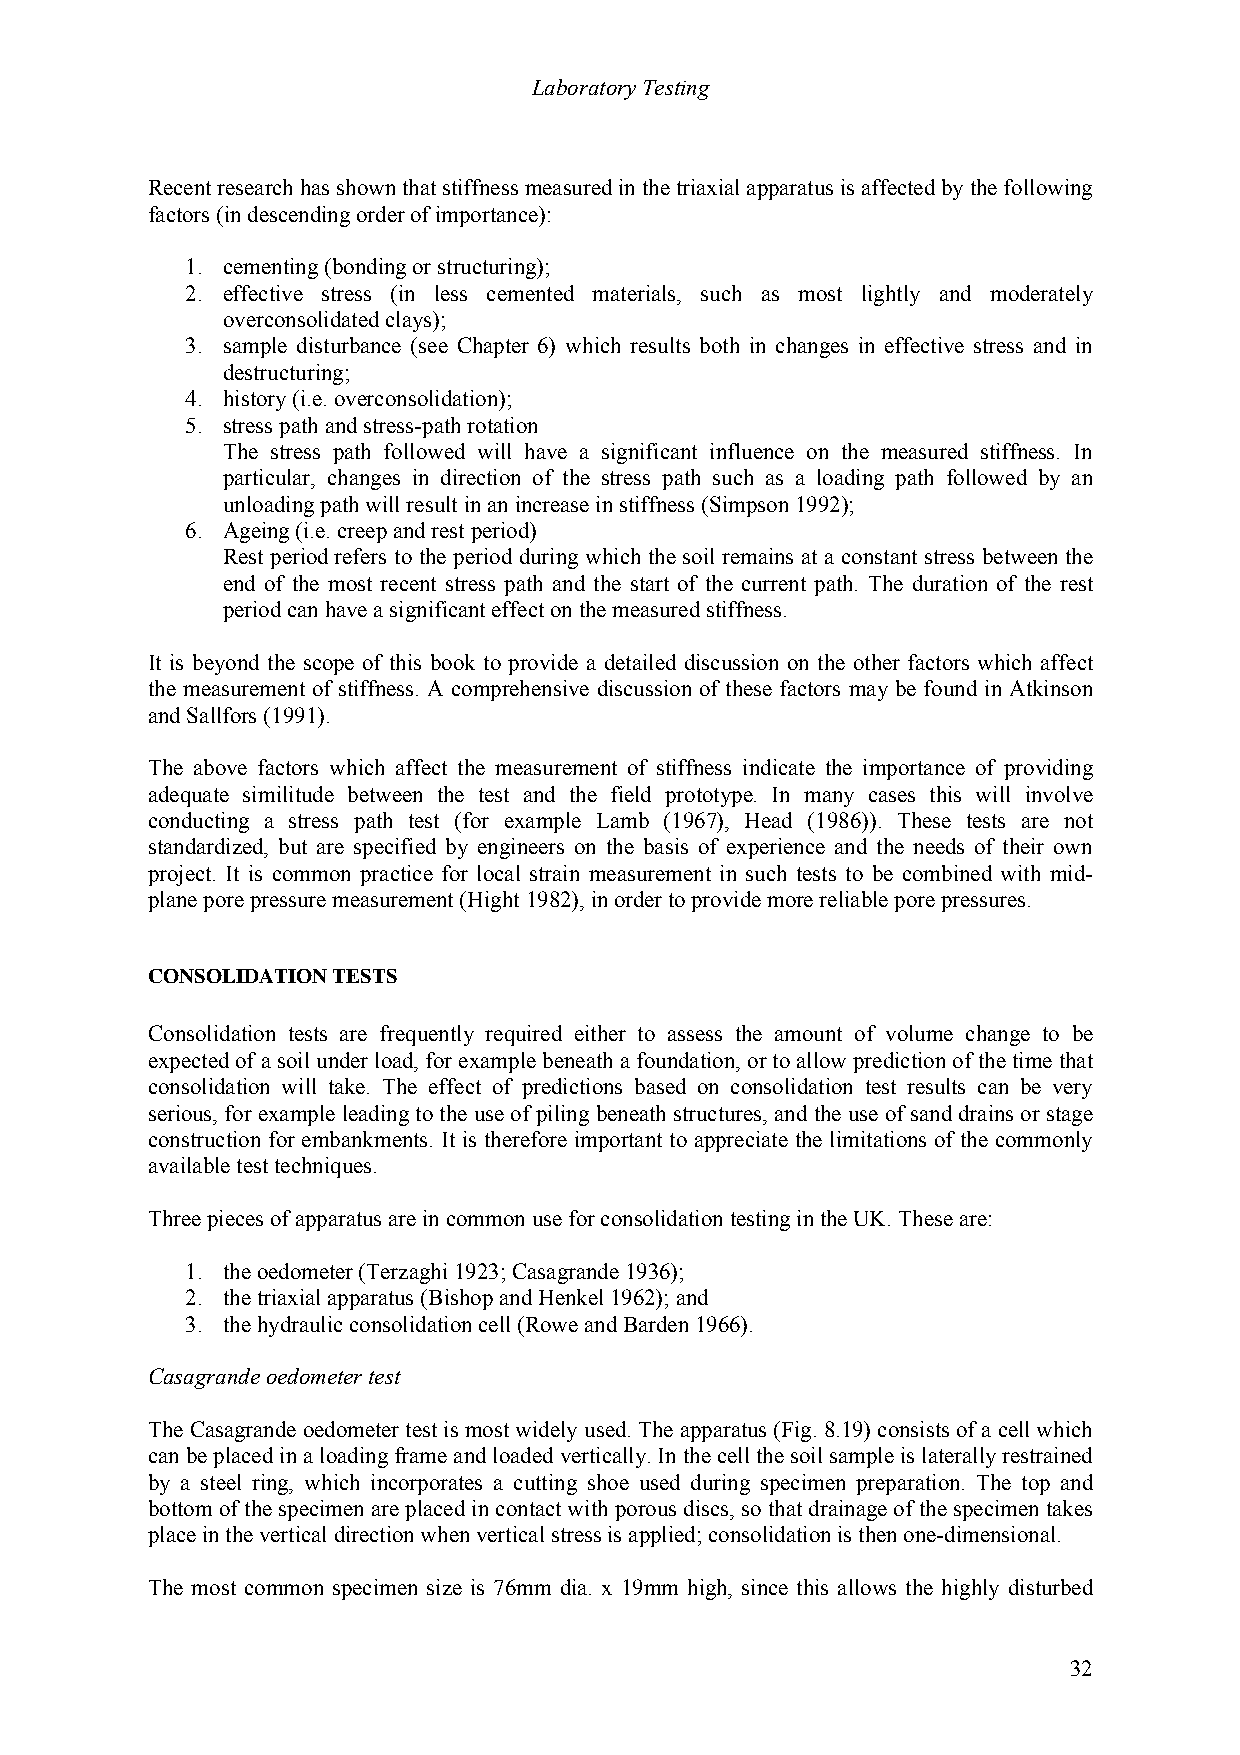
Laboratory Testing
 Recent research has shown that stiffness measured in the triaxial apparatus is affected by the following
 factors (in descending order of importance):
 1. cementing (bonding or structuring);
 2. effective stress (in less cemented materials, such as most lightly and moderately
 overconsolidated clays);
 3. sample disturbance (see Chapter 6) which results both in changes in effective stress and in
 destructuring;
 4. history (i.e. overconsolidation);
 5. stress path and stress-path rotation
 The stress path followed will have a significant influence on the measured stiffness. In
 particular, changes in direction of the stress path such as a loading path followed by an
 unloading path will result in an increase in stiffness (Simpson 1992);
 6. Ageing (i.e. creep and rest period)
 Rest period refers to the period during which the soil remains at a constant stress between the
 end of the most recent stress path and the start of the current path. The duration of the rest
 period can have a significant effect on the measured stiffness.
 It is beyond the scope of this book to provide a detailed discussion on the other factors which affect
 the measurement of stiffness. A comprehensive discussion of these factors may be found in Atkinson
 and Sallfors (1991).
 The above factors which affect the measurement of stiffness indicate the importance of providing
 adequate similitude between the test and the field prototype. In many cases this will involve
 conducting a stress path test (for example Lamb (1967), Head (1986)). These tests are not
 standardized, but are specified by engineers on the basis of experience and the needs of their own
 project. It is common practice for local strain measurement in such tests to be combined with mid-
 plane pore pressure measurement (Hight 1982), in order to provide more reliable pore pressures.
 CONSOLIDATION TESTS
 Consolidation tests are frequently required either to assess the amount of volume change to be
 expected of a soil under load, for example beneath a foundation, or to allow prediction of the time that
 consolidation will take. The effect of predictions based on consolidation test results can be very
 serious, for example leading to the use of piling beneath structures, and the use of sand drains or stage
 construction for embankments. It is therefore important to appreciate the limitations of the commonly
 available test techniques.
 Three pieces of apparatus are in common use for consolidation testing in the UK. These are:
 1. the oedometer (Terzaghi 1923; Casagrande 1936);
 2. the triaxial apparatus (Bishop and Henkel 1962); and
 3. the hydraulic consolidation cell (Rowe and Barden 1966).
 Casagrande oedometer test
 The Casagrande oedometer test is most widely used. The apparatus (Fig. 8.19) consists of a cell which
 can be placed in a loading frame and loaded vertically. In the cell the soil sample is laterally restrained
 by a steel ring, which incorporates a cutting shoe used during specimen preparation. The top and
 bottom of the specimen are placed in contact with porous discs, so that drainage of the specimen takes
 place in the vertical direction when vertical stress is applied; consolidation is then one-dimensional.
 The most common specimen size is 76mm dia. x 19mm high, since this allows the highly disturbed
 32